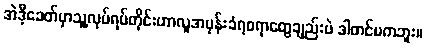
အဲဒီ့ခေတ်မှာသူ့လုပ်ရပ်တိုင်းဟာလူအမုန်းခံရစရာတွေချည်းပဲ ဒါတင်မကဘူး။